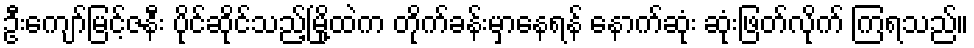
ဦးကျော်မြင့်ဇနီး ပိုင်ဆိုင်သည့်မြို့ထဲက တိုက်ခန်းမှာနေရန် နောက်ဆုံး ဆုံးဖြတ်လိုက် ကြရသည်။